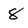
Character: 8